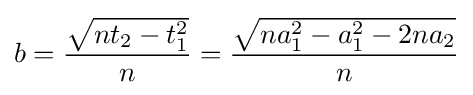
b={\frac {\sqrt {nt_{2}-t_{1}^{2}}}{n}}={\frac {\sqrt {na_{1}^{2}-a_{1}^{2}-2na_{2}}}{n}}